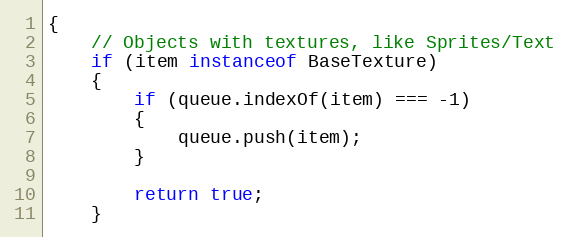
Language: JavaScript
{
    // Objects with textures, like Sprites/Text
    if (item instanceof BaseTexture)
    {
        if (queue.indexOf(item) === -1)
        {
            queue.push(item);
        }

        return true;
    }